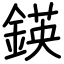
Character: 鍈